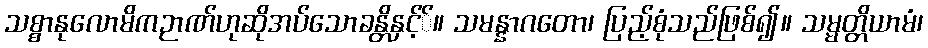
သစ္စာနုလောမိကဉာဏ်ဟုဆိုအပ်သောခန္တိနှင့််။ သမန္နာဂတော၊ ပြည့်စုံသည်ဖြစ်၍။ သမ္မတ္တိယာမံ၊